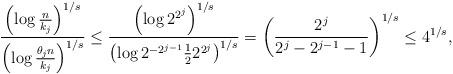
LaTeX: \begin{align*}\frac{\left(\log{\frac{n}{k_j}}\right)^{1/s}}{\left(\log{\frac{\theta_j n}{k_j}}\right)^{1/s}} \le \frac{\left(\log{2^{2^j}}\right)^{1/s}}{\left(\log{2^{-2^{j-1}} \frac{1}{2} 2^{2^j}}\right)^{1/s}} =\left( \frac{2^j}{2^{j} - 2^{j-1} - 1} \right)^{1/s} \le 4^{1/s},\end{align*}